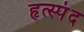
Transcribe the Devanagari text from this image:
हृत्स्पंद